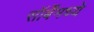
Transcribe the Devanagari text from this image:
सॉर्बेंमध्ये